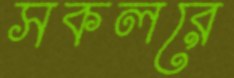
সকলরে